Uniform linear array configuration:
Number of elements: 12
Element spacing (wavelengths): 0.25
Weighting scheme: cosine
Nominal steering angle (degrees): -30
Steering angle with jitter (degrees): -30.023
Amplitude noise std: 0.05
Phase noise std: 0.05

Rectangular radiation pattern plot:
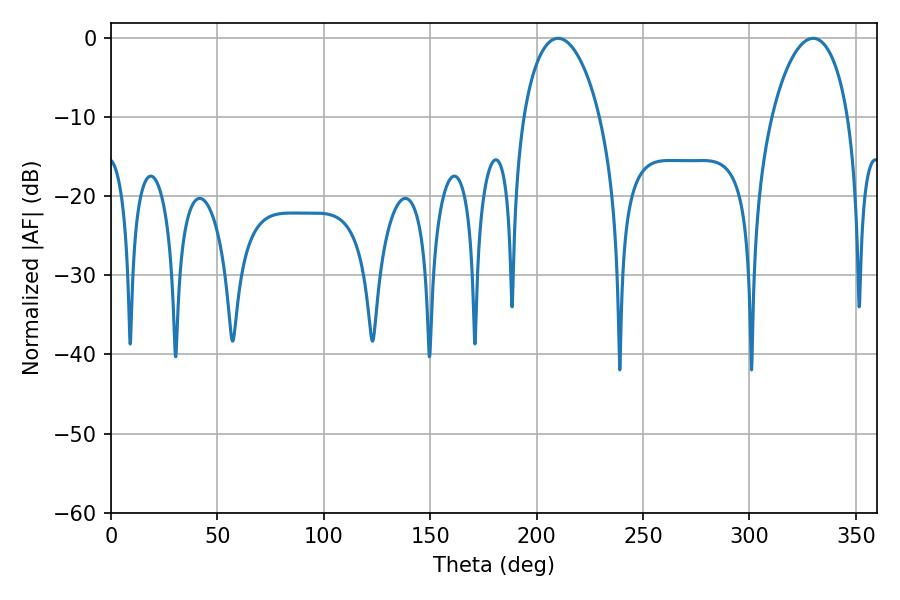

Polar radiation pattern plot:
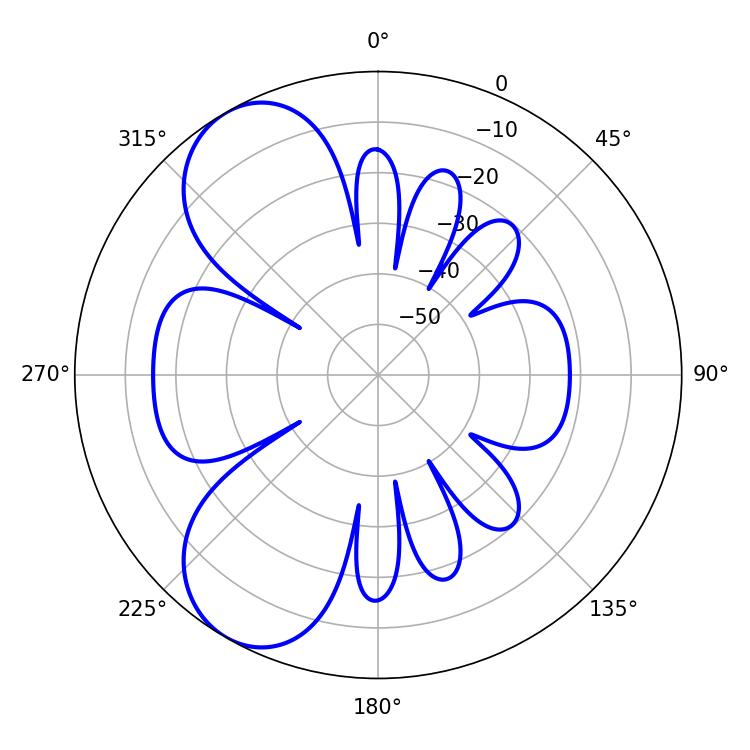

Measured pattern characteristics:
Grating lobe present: FALSE
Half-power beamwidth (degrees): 20.52
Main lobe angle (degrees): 210.06